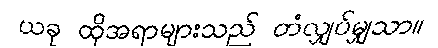
ယခု ထိုအရာများသည် တံလျှပ်မျှသာ။